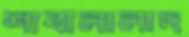
শাবালালাদ